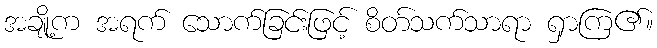
အချို့က အရက် သောက်ခြင်းဖြင့် စိတ်သက်သာရာ ရှာကြ၏။